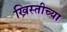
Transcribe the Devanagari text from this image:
ख्रिस्तीच्या